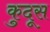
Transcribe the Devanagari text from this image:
कुदूस